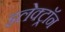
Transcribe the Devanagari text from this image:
इलेक्ट्राॅन